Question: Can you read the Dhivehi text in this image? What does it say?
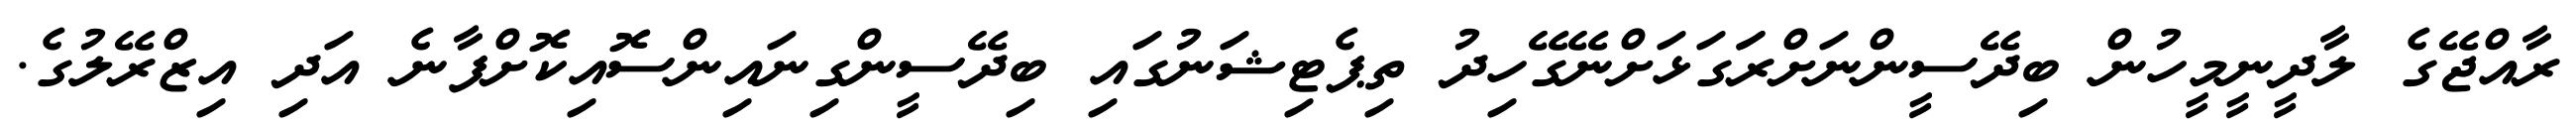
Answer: ރާއްޖޭގެ ލާދީނީމީހުން ބިދޭސީންނަށްރަަގަޅަށްނޭގޭހިދު ތިޕެޓިޝަނުގައި ބިދޭސީންގިނައިންސޮއިކޮށްފާނެ އަދި އިޒްރޭލުގެ.